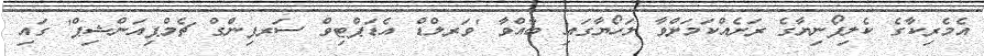
އެމެރިކާގެ ކެލިފޯނިޔާގެ ރަށެއްކަަމަށްވާ ލަހޯޔާގައި ބާއްވާ 'ވަރލްޑް އެޑަޕްޓިވް ސަރފިންގް ޗެމްޕިއަންޝިޕް' ގައި